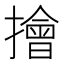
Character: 𢶒